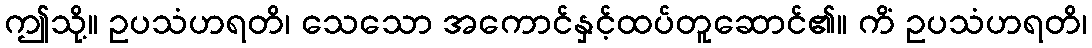
ဤသို့။ ဥပသံဟရတိ၊ သေသော အကောင်နှင့်ထပ်တူဆောင်၏။ ကိံ ဥပသံဟရတိ၊